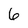
Character: 6